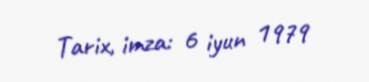
Tarix, imza: 6 iyun 1979